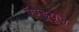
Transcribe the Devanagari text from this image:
ऍण्ड्र्यूज